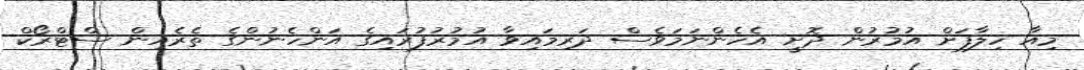
މިއާ ހިލާފަށް އުމުރުން ދޮށީ އެހެންނަމަވެސް ދަރިމައިވާ އުމުރުފުރައިގެ އަންހެނުންގެ ތެރެއިން ސްޓްރޯކް